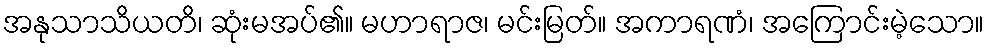
အနုသာသိယတိ၊ ဆုံးမအပ်၏။ မဟာရာဇ၊ မင်းမြတ်။ အကာရဏံ၊ အကြောင်းမဲ့သော။